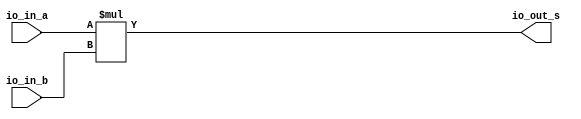
module multiplier(
  input  [23:0] io_in_a,
  input  [23:0] io_in_b,
  output [47:0] io_out_s
);
  assign io_out_s = io_in_a * io_in_b; // @[BinaryDesigns.scala 81:23]
endmodule
module full_subber(
  input  [7:0] io_in_b,
  output [7:0] io_out_s
);
  wire [8:0] _result_T = 8'h7f - io_in_b; // @[BinaryDesigns.scala 69:23]
  wire [9:0] _result_T_2 = _result_T - 9'h0; // @[BinaryDesigns.scala 69:34]
  wire [8:0] result = _result_T_2[8:0]; // @[BinaryDesigns.scala 68:22 69:12]
  assign io_out_s = result[7:0]; // @[BinaryDesigns.scala 70:23]
endmodule
module twoscomplement(
  input  [7:0] io_in,
  output [7:0] io_out
);
  wire [7:0] _x_T = ~io_in; // @[BinaryDesigns.scala 25:16]
  assign io_out = 8'h1 + _x_T; // @[BinaryDesigns.scala 25:14]
endmodule
module full_adder(
  input  [7:0] io_in_a,
  input  [7:0] io_in_b,
  output [7:0] io_out_s,
  output       io_out_c
);
  wire [8:0] _result_T = io_in_a + io_in_b; // @[BinaryDesigns.scala 55:23]
  wire [9:0] _result_T_1 = {{1'd0}, _result_T}; // @[BinaryDesigns.scala 55:34]
  wire [8:0] result = _result_T_1[8:0]; // @[BinaryDesigns.scala 54:22 55:12]
  assign io_out_s = result[7:0]; // @[BinaryDesigns.scala 56:23]
  assign io_out_c = result[8]; // @[BinaryDesigns.scala 57:23]
endmodule
module FP_multiplier_10ccs(
  input         clock,
  input         reset,
  input         io_in_en,
  input  [31:0] io_in_a,
  input  [31:0] io_in_b,
  output [31:0] io_out_s
);
`ifdef RANDOMIZE_REG_INIT
  reg [31:0] _RAND_0;
  reg [31:0] _RAND_1;
  reg [31:0] _RAND_2;
  reg [31:0] _RAND_3;
  reg [31:0] _RAND_4;
  reg [31:0] _RAND_5;
  reg [31:0] _RAND_6;
  reg [31:0] _RAND_7;
  reg [31:0] _RAND_8;
  reg [31:0] _RAND_9;
  reg [31:0] _RAND_10;
  reg [31:0] _RAND_11;
  reg [31:0] _RAND_12;
  reg [31:0] _RAND_13;
  reg [31:0] _RAND_14;
  reg [31:0] _RAND_15;
  reg [31:0] _RAND_16;
  reg [31:0] _RAND_17;
  reg [31:0] _RAND_18;
  reg [31:0] _RAND_19;
  reg [31:0] _RAND_20;
  reg [31:0] _RAND_21;
  reg [31:0] _RAND_22;
  reg [31:0] _RAND_23;
  reg [31:0] _RAND_24;
  reg [31:0] _RAND_25;
  reg [31:0] _RAND_26;
  reg [31:0] _RAND_27;
  reg [31:0] _RAND_28;
  reg [31:0] _RAND_29;
  reg [31:0] _RAND_30;
  reg [31:0] _RAND_31;
  reg [63:0] _RAND_32;
  reg [63:0] _RAND_33;
  reg [63:0] _RAND_34;
  reg [63:0] _RAND_35;
  reg [63:0] _RAND_36;
  reg [63:0] _RAND_37;
  reg [31:0] _RAND_38;
  reg [31:0] _RAND_39;
  reg [31:0] _RAND_40;
  reg [31:0] _RAND_41;
  reg [31:0] _RAND_42;
  reg [31:0] _RAND_43;
  reg [31:0] _RAND_44;
  reg [31:0] _RAND_45;
  reg [31:0] _RAND_46;
  reg [31:0] _RAND_47;
  reg [31:0] _RAND_48;
  reg [31:0] _RAND_49;
  reg [31:0] _RAND_50;
  reg [31:0] _RAND_51;
  reg [31:0] _RAND_52;
`endif // RANDOMIZE_REG_INIT
  wire [23:0] multiplier_io_in_a; // @[FloatingPointDesigns.scala 1725:28]
  wire [23:0] multiplier_io_in_b; // @[FloatingPointDesigns.scala 1725:28]
  wire [47:0] multiplier_io_out_s; // @[FloatingPointDesigns.scala 1725:28]
  wire [7:0] subber_io_in_b; // @[FloatingPointDesigns.scala 1732:24]
  wire [7:0] subber_io_out_s; // @[FloatingPointDesigns.scala 1732:24]
  wire [7:0] complementN_io_in; // @[FloatingPointDesigns.scala 1741:29]
  wire [7:0] complementN_io_out; // @[FloatingPointDesigns.scala 1741:29]
  wire [7:0] adderN_io_in_a; // @[FloatingPointDesigns.scala 1758:24]
  wire [7:0] adderN_io_in_b; // @[FloatingPointDesigns.scala 1758:24]
  wire [7:0] adderN_io_out_s; // @[FloatingPointDesigns.scala 1758:24]
  wire  adderN_io_out_c; // @[FloatingPointDesigns.scala 1758:24]
  wire  s_0 = io_in_a[31]; // @[FloatingPointDesigns.scala 1691:20]
  wire  s_1 = io_in_b[31]; // @[FloatingPointDesigns.scala 1692:20]
  wire [8:0] _T_2 = 9'h100 - 9'h2; // @[FloatingPointDesigns.scala 1696:64]
  wire [8:0] _GEN_63 = {{1'd0}, io_in_a[30:23]}; // @[FloatingPointDesigns.scala 1696:36]
  wire [7:0] _GEN_0 = io_in_a[30:23] < 8'h1 ? 8'h1 : io_in_a[30:23]; // @[FloatingPointDesigns.scala 1698:45 1699:14 1701:14]
  wire [8:0] _GEN_1 = _GEN_63 > _T_2 ? _T_2 : {{1'd0}, _GEN_0}; // @[FloatingPointDesigns.scala 1696:71 1697:14]
  wire [8:0] _GEN_64 = {{1'd0}, io_in_b[30:23]}; // @[FloatingPointDesigns.scala 1703:36]
  wire [7:0] _GEN_2 = io_in_b[30:23] < 8'h1 ? 8'h1 : io_in_b[30:23]; // @[FloatingPointDesigns.scala 1705:45 1706:14 1708:14]
  wire [8:0] _GEN_3 = _GEN_64 > _T_2 ? _T_2 : {{1'd0}, _GEN_2}; // @[FloatingPointDesigns.scala 1703:71 1704:14]
  wire [22:0] frac_0 = io_in_a[22:0]; // @[FloatingPointDesigns.scala 1713:23]
  wire [22:0] frac_1 = io_in_b[22:0]; // @[FloatingPointDesigns.scala 1714:23]
  wire [23:0] new_frac_0 = {1'h1,frac_0}; // @[FloatingPointDesigns.scala 1718:24]
  wire [23:0] new_frac_1 = {1'h1,frac_1}; // @[FloatingPointDesigns.scala 1719:24]
  reg  s_reg_0_0; // @[FloatingPointDesigns.scala 1721:24]
  reg  s_reg_0_1; // @[FloatingPointDesigns.scala 1721:24]
  reg  s_reg_1_0; // @[FloatingPointDesigns.scala 1721:24]
  reg  s_reg_1_1; // @[FloatingPointDesigns.scala 1721:24]
  reg  s_reg_2_0; // @[FloatingPointDesigns.scala 1721:24]
  reg  s_reg_2_1; // @[FloatingPointDesigns.scala 1721:24]
  reg  s_reg_3_0; // @[FloatingPointDesigns.scala 1721:24]
  reg  s_reg_3_1; // @[FloatingPointDesigns.scala 1721:24]
  reg  s_reg_4_0; // @[FloatingPointDesigns.scala 1721:24]
  reg  s_reg_4_1; // @[FloatingPointDesigns.scala 1721:24]
  reg [7:0] exp_reg_0_0; // @[FloatingPointDesigns.scala 1722:26]
  reg [7:0] exp_reg_0_1; // @[FloatingPointDesigns.scala 1722:26]
  reg [7:0] exp_reg_1_0; // @[FloatingPointDesigns.scala 1722:26]
  reg [7:0] exp_reg_1_1; // @[FloatingPointDesigns.scala 1722:26]
  reg [7:0] exp_reg_2_0; // @[FloatingPointDesigns.scala 1722:26]
  reg [7:0] exp_reg_2_1; // @[FloatingPointDesigns.scala 1722:26]
  reg [7:0] exp_reg_3_0; // @[FloatingPointDesigns.scala 1722:26]
  reg [7:0] exp_reg_3_1; // @[FloatingPointDesigns.scala 1722:26]
  reg [7:0] exp_reg_4_0; // @[FloatingPointDesigns.scala 1722:26]
  reg [7:0] exp_reg_4_1; // @[FloatingPointDesigns.scala 1722:26]
  reg [7:0] exp_reg_5_0; // @[FloatingPointDesigns.scala 1722:26]
  reg [7:0] exp_reg_5_1; // @[FloatingPointDesigns.scala 1722:26]
  reg [7:0] exp_reg_6_0; // @[FloatingPointDesigns.scala 1722:26]
  reg [7:0] exp_reg_6_1; // @[FloatingPointDesigns.scala 1722:26]
  reg [7:0] exp_reg_7_0; // @[FloatingPointDesigns.scala 1722:26]
  reg [7:0] exp_reg_7_1; // @[FloatingPointDesigns.scala 1722:26]
  reg [7:0] exp_reg_8_0; // @[FloatingPointDesigns.scala 1722:26]
  reg [7:0] exp_reg_8_1; // @[FloatingPointDesigns.scala 1722:26]
  reg [23:0] new_frac_reg_0_0; // @[FloatingPointDesigns.scala 1723:31]
  reg [23:0] new_frac_reg_0_1; // @[FloatingPointDesigns.scala 1723:31]
  reg [23:0] new_frac_reg_1_0; // @[FloatingPointDesigns.scala 1723:31]
  reg [23:0] new_frac_reg_1_1; // @[FloatingPointDesigns.scala 1723:31]
  reg [47:0] multipplier_out_s_reg_0; // @[FloatingPointDesigns.scala 1729:40]
  reg [47:0] multipplier_out_s_reg_1; // @[FloatingPointDesigns.scala 1729:40]
  reg [47:0] multipplier_out_s_reg_2; // @[FloatingPointDesigns.scala 1729:40]
  reg [47:0] multipplier_out_s_reg_3; // @[FloatingPointDesigns.scala 1729:40]
  reg [47:0] multipplier_out_s_reg_4; // @[FloatingPointDesigns.scala 1729:40]
  reg [47:0] multipplier_out_s_reg_5; // @[FloatingPointDesigns.scala 1729:40]
  reg [7:0] subber_out_s_reg_0; // @[FloatingPointDesigns.scala 1737:35]
  reg [7:0] complementN_out_reg_0; // @[FloatingPointDesigns.scala 1744:38]
  reg [7:0] complementN_out_reg_1; // @[FloatingPointDesigns.scala 1744:38]
  reg [7:0] complementN_out_reg_2; // @[FloatingPointDesigns.scala 1744:38]
  wire  new_s = s_reg_4_0 ^ s_reg_4_1; // @[FloatingPointDesigns.scala 1747:26]
  reg  new_s_reg_0; // @[FloatingPointDesigns.scala 1749:28]
  reg  new_s_reg_1; // @[FloatingPointDesigns.scala 1749:28]
  reg  new_s_reg_2; // @[FloatingPointDesigns.scala 1749:28]
  reg  new_s_reg_3; // @[FloatingPointDesigns.scala 1749:28]
  wire  is_exp1_neg_wire = exp_reg_5_1 < 8'h7f; // @[FloatingPointDesigns.scala 1752:40]
  reg  is_exp1_neg_reg_0; // @[FloatingPointDesigns.scala 1754:34]
  reg  is_exp1_neg_reg_1; // @[FloatingPointDesigns.scala 1754:34]
  wire [7:0] _adderN_io_in_a_T_1 = exp_reg_6_0 + 8'h1; // @[FloatingPointDesigns.scala 1762:39]
  reg [7:0] adderN_out_s_reg_0; // @[FloatingPointDesigns.scala 1769:35]
  reg  adderN_out_c_reg_0; // @[FloatingPointDesigns.scala 1770:35]
  reg [7:0] new_exp_reg_0; // @[FloatingPointDesigns.scala 1772:30]
  reg [22:0] new_mant_reg_0; // @[FloatingPointDesigns.scala 1773:31]
  reg [31:0] reg_out_s; // @[FloatingPointDesigns.scala 1775:28]
  wire  _new_exp_reg_0_T_1 = ~adderN_out_c_reg_0; // @[FloatingPointDesigns.scala 1779:55]
  wire [7:0] _new_exp_reg_0_T_2 = ~adderN_out_c_reg_0 ? 8'h1 : adderN_out_s_reg_0; // @[FloatingPointDesigns.scala 1779:54]
  wire  _new_exp_reg_0_T_5 = adderN_out_c_reg_0 | adderN_out_s_reg_0 > 8'hfe; // @[FloatingPointDesigns.scala 1779:142]
  wire [7:0] _new_exp_reg_0_T_6 = adderN_out_c_reg_0 | adderN_out_s_reg_0 > 8'hfe ? 8'hfe : adderN_out_s_reg_0; // @[FloatingPointDesigns.scala 1779:114]
  wire [7:0] _new_exp_reg_0_T_7 = is_exp1_neg_reg_1 ? _new_exp_reg_0_T_2 : _new_exp_reg_0_T_6; // @[FloatingPointDesigns.scala 1779:30]
  wire [22:0] _new_mant_reg_0_T_3 = _new_exp_reg_0_T_1 ? 23'h0 : multipplier_out_s_reg_5[46:24]; // @[FloatingPointDesigns.scala 1780:55]
  wire [22:0] _new_mant_reg_0_T_8 = _new_exp_reg_0_T_5 ? 23'h7fffff : multipplier_out_s_reg_5[46:24]; // @[FloatingPointDesigns.scala 1780:160]
  wire [22:0] _new_mant_reg_0_T_13 = _new_exp_reg_0_T_1 ? 23'h0 : multipplier_out_s_reg_5[45:23]; // @[FloatingPointDesigns.scala 1783:55]
  wire [22:0] _new_mant_reg_0_T_18 = _new_exp_reg_0_T_5 ? 23'h7fffff : multipplier_out_s_reg_5[45:23]; // @[FloatingPointDesigns.scala 1783:156]
  wire [31:0] _reg_out_s_T_1 = {new_s_reg_3,new_exp_reg_0,new_mant_reg_0}; // @[FloatingPointDesigns.scala 1821:53]
  wire [7:0] exp_0 = _GEN_1[7:0]; // @[FloatingPointDesigns.scala 1695:19]
  wire [7:0] exp_1 = _GEN_3[7:0]; // @[FloatingPointDesigns.scala 1695:19]
  multiplier multiplier ( // @[FloatingPointDesigns.scala 1725:28]
    .io_in_a(multiplier_io_in_a),
    .io_in_b(multiplier_io_in_b),
    .io_out_s(multiplier_io_out_s)
  );
  full_subber subber ( // @[FloatingPointDesigns.scala 1732:24]
    .io_in_b(subber_io_in_b),
    .io_out_s(subber_io_out_s)
  );
  twoscomplement complementN ( // @[FloatingPointDesigns.scala 1741:29]
    .io_in(complementN_io_in),
    .io_out(complementN_io_out)
  );
  full_adder adderN ( // @[FloatingPointDesigns.scala 1758:24]
    .io_in_a(adderN_io_in_a),
    .io_in_b(adderN_io_in_b),
    .io_out_s(adderN_io_out_s),
    .io_out_c(adderN_io_out_c)
  );
  assign io_out_s = reg_out_s; // @[FloatingPointDesigns.scala 1824:14]
  assign multiplier_io_in_a = new_frac_reg_1_0; // @[FloatingPointDesigns.scala 1726:24]
  assign multiplier_io_in_b = new_frac_reg_1_1; // @[FloatingPointDesigns.scala 1727:24]
  assign subber_io_in_b = exp_reg_2_1; // @[FloatingPointDesigns.scala 1734:20]
  assign complementN_io_in = subber_out_s_reg_0; // @[FloatingPointDesigns.scala 1742:23]
  assign adderN_io_in_a = multipplier_out_s_reg_4[47] ? _adderN_io_in_a_T_1 : exp_reg_6_0; // @[FloatingPointDesigns.scala 1761:70 1762:22 1765:22]
  assign adderN_io_in_b = complementN_out_reg_2; // @[FloatingPointDesigns.scala 1761:70 1763:22 1766:22]
  always @(posedge clock) begin
    if (reset) begin // @[FloatingPointDesigns.scala 1721:24]
      s_reg_0_0 <= 1'h0; // @[FloatingPointDesigns.scala 1721:24]
    end else if (io_in_en) begin // @[FloatingPointDesigns.scala 1777:19]
      s_reg_0_0 <= s_0; // @[FloatingPointDesigns.scala 1786:16]
    end
    if (reset) begin // @[FloatingPointDesigns.scala 1721:24]
      s_reg_0_1 <= 1'h0; // @[FloatingPointDesigns.scala 1721:24]
    end else if (io_in_en) begin // @[FloatingPointDesigns.scala 1777:19]
      s_reg_0_1 <= s_1; // @[FloatingPointDesigns.scala 1786:16]
    end
    if (reset) begin // @[FloatingPointDesigns.scala 1721:24]
      s_reg_1_0 <= 1'h0; // @[FloatingPointDesigns.scala 1721:24]
    end else if (io_in_en) begin // @[FloatingPointDesigns.scala 1777:19]
      s_reg_1_0 <= s_reg_0_0; // @[FloatingPointDesigns.scala 1803:22]
    end
    if (reset) begin // @[FloatingPointDesigns.scala 1721:24]
      s_reg_1_1 <= 1'h0; // @[FloatingPointDesigns.scala 1721:24]
    end else if (io_in_en) begin // @[FloatingPointDesigns.scala 1777:19]
      s_reg_1_1 <= s_reg_0_1; // @[FloatingPointDesigns.scala 1803:22]
    end
    if (reset) begin // @[FloatingPointDesigns.scala 1721:24]
      s_reg_2_0 <= 1'h0; // @[FloatingPointDesigns.scala 1721:24]
    end else if (io_in_en) begin // @[FloatingPointDesigns.scala 1777:19]
      s_reg_2_0 <= s_reg_1_0; // @[FloatingPointDesigns.scala 1803:22]
    end
    if (reset) begin // @[FloatingPointDesigns.scala 1721:24]
      s_reg_2_1 <= 1'h0; // @[FloatingPointDesigns.scala 1721:24]
    end else if (io_in_en) begin // @[FloatingPointDesigns.scala 1777:19]
      s_reg_2_1 <= s_reg_1_1; // @[FloatingPointDesigns.scala 1803:22]
    end
    if (reset) begin // @[FloatingPointDesigns.scala 1721:24]
      s_reg_3_0 <= 1'h0; // @[FloatingPointDesigns.scala 1721:24]
    end else if (io_in_en) begin // @[FloatingPointDesigns.scala 1777:19]
      s_reg_3_0 <= s_reg_2_0; // @[FloatingPointDesigns.scala 1803:22]
    end
    if (reset) begin // @[FloatingPointDesigns.scala 1721:24]
      s_reg_3_1 <= 1'h0; // @[FloatingPointDesigns.scala 1721:24]
    end else if (io_in_en) begin // @[FloatingPointDesigns.scala 1777:19]
      s_reg_3_1 <= s_reg_2_1; // @[FloatingPointDesigns.scala 1803:22]
    end
    if (reset) begin // @[FloatingPointDesigns.scala 1721:24]
      s_reg_4_0 <= 1'h0; // @[FloatingPointDesigns.scala 1721:24]
    end else if (io_in_en) begin // @[FloatingPointDesigns.scala 1777:19]
      s_reg_4_0 <= s_reg_3_0; // @[FloatingPointDesigns.scala 1803:22]
    end
    if (reset) begin // @[FloatingPointDesigns.scala 1721:24]
      s_reg_4_1 <= 1'h0; // @[FloatingPointDesigns.scala 1721:24]
    end else if (io_in_en) begin // @[FloatingPointDesigns.scala 1777:19]
      s_reg_4_1 <= s_reg_3_1; // @[FloatingPointDesigns.scala 1803:22]
    end
    if (reset) begin // @[FloatingPointDesigns.scala 1722:26]
      exp_reg_0_0 <= 8'h0; // @[FloatingPointDesigns.scala 1722:26]
    end else if (io_in_en) begin // @[FloatingPointDesigns.scala 1777:19]
      exp_reg_0_0 <= exp_0; // @[FloatingPointDesigns.scala 1787:18]
    end
    if (reset) begin // @[FloatingPointDesigns.scala 1722:26]
      exp_reg_0_1 <= 8'h0; // @[FloatingPointDesigns.scala 1722:26]
    end else if (io_in_en) begin // @[FloatingPointDesigns.scala 1777:19]
      exp_reg_0_1 <= exp_1; // @[FloatingPointDesigns.scala 1787:18]
    end
    if (reset) begin // @[FloatingPointDesigns.scala 1722:26]
      exp_reg_1_0 <= 8'h0; // @[FloatingPointDesigns.scala 1722:26]
    end else if (io_in_en) begin // @[FloatingPointDesigns.scala 1777:19]
      exp_reg_1_0 <= exp_reg_0_0; // @[FloatingPointDesigns.scala 1799:20]
    end
    if (reset) begin // @[FloatingPointDesigns.scala 1722:26]
      exp_reg_1_1 <= 8'h0; // @[FloatingPointDesigns.scala 1722:26]
    end else if (io_in_en) begin // @[FloatingPointDesigns.scala 1777:19]
      exp_reg_1_1 <= exp_reg_0_1; // @[FloatingPointDesigns.scala 1799:20]
    end
    if (reset) begin // @[FloatingPointDesigns.scala 1722:26]
      exp_reg_2_0 <= 8'h0; // @[FloatingPointDesigns.scala 1722:26]
    end else if (io_in_en) begin // @[FloatingPointDesigns.scala 1777:19]
      exp_reg_2_0 <= exp_reg_1_0; // @[FloatingPointDesigns.scala 1799:20]
    end
    if (reset) begin // @[FloatingPointDesigns.scala 1722:26]
      exp_reg_2_1 <= 8'h0; // @[FloatingPointDesigns.scala 1722:26]
    end else if (io_in_en) begin // @[FloatingPointDesigns.scala 1777:19]
      exp_reg_2_1 <= exp_reg_1_1; // @[FloatingPointDesigns.scala 1799:20]
    end
    if (reset) begin // @[FloatingPointDesigns.scala 1722:26]
      exp_reg_3_0 <= 8'h0; // @[FloatingPointDesigns.scala 1722:26]
    end else if (io_in_en) begin // @[FloatingPointDesigns.scala 1777:19]
      exp_reg_3_0 <= exp_reg_2_0; // @[FloatingPointDesigns.scala 1799:20]
    end
    if (reset) begin // @[FloatingPointDesigns.scala 1722:26]
      exp_reg_3_1 <= 8'h0; // @[FloatingPointDesigns.scala 1722:26]
    end else if (io_in_en) begin // @[FloatingPointDesigns.scala 1777:19]
      exp_reg_3_1 <= exp_reg_2_1; // @[FloatingPointDesigns.scala 1799:20]
    end
    if (reset) begin // @[FloatingPointDesigns.scala 1722:26]
      exp_reg_4_0 <= 8'h0; // @[FloatingPointDesigns.scala 1722:26]
    end else if (io_in_en) begin // @[FloatingPointDesigns.scala 1777:19]
      exp_reg_4_0 <= exp_reg_3_0; // @[FloatingPointDesigns.scala 1799:20]
    end
    if (reset) begin // @[FloatingPointDesigns.scala 1722:26]
      exp_reg_4_1 <= 8'h0; // @[FloatingPointDesigns.scala 1722:26]
    end else if (io_in_en) begin // @[FloatingPointDesigns.scala 1777:19]
      exp_reg_4_1 <= exp_reg_3_1; // @[FloatingPointDesigns.scala 1799:20]
    end
    if (reset) begin // @[FloatingPointDesigns.scala 1722:26]
      exp_reg_5_0 <= 8'h0; // @[FloatingPointDesigns.scala 1722:26]
    end else if (io_in_en) begin // @[FloatingPointDesigns.scala 1777:19]
      exp_reg_5_0 <= exp_reg_4_0; // @[FloatingPointDesigns.scala 1799:20]
    end
    if (reset) begin // @[FloatingPointDesigns.scala 1722:26]
      exp_reg_5_1 <= 8'h0; // @[FloatingPointDesigns.scala 1722:26]
    end else if (io_in_en) begin // @[FloatingPointDesigns.scala 1777:19]
      exp_reg_5_1 <= exp_reg_4_1; // @[FloatingPointDesigns.scala 1799:20]
    end
    if (reset) begin // @[FloatingPointDesigns.scala 1722:26]
      exp_reg_6_0 <= 8'h0; // @[FloatingPointDesigns.scala 1722:26]
    end else if (io_in_en) begin // @[FloatingPointDesigns.scala 1777:19]
      exp_reg_6_0 <= exp_reg_5_0; // @[FloatingPointDesigns.scala 1799:20]
    end
    if (reset) begin // @[FloatingPointDesigns.scala 1722:26]
      exp_reg_6_1 <= 8'h0; // @[FloatingPointDesigns.scala 1722:26]
    end else if (io_in_en) begin // @[FloatingPointDesigns.scala 1777:19]
      exp_reg_6_1 <= exp_reg_5_1; // @[FloatingPointDesigns.scala 1799:20]
    end
    if (reset) begin // @[FloatingPointDesigns.scala 1722:26]
      exp_reg_7_0 <= 8'h0; // @[FloatingPointDesigns.scala 1722:26]
    end else if (io_in_en) begin // @[FloatingPointDesigns.scala 1777:19]
      exp_reg_7_0 <= exp_reg_6_0; // @[FloatingPointDesigns.scala 1799:20]
    end
    if (reset) begin // @[FloatingPointDesigns.scala 1722:26]
      exp_reg_7_1 <= 8'h0; // @[FloatingPointDesigns.scala 1722:26]
    end else if (io_in_en) begin // @[FloatingPointDesigns.scala 1777:19]
      exp_reg_7_1 <= exp_reg_6_1; // @[FloatingPointDesigns.scala 1799:20]
    end
    if (reset) begin // @[FloatingPointDesigns.scala 1722:26]
      exp_reg_8_0 <= 8'h0; // @[FloatingPointDesigns.scala 1722:26]
    end else if (io_in_en) begin // @[FloatingPointDesigns.scala 1777:19]
      exp_reg_8_0 <= exp_reg_7_0; // @[FloatingPointDesigns.scala 1799:20]
    end
    if (reset) begin // @[FloatingPointDesigns.scala 1722:26]
      exp_reg_8_1 <= 8'h0; // @[FloatingPointDesigns.scala 1722:26]
    end else if (io_in_en) begin // @[FloatingPointDesigns.scala 1777:19]
      exp_reg_8_1 <= exp_reg_7_1; // @[FloatingPointDesigns.scala 1799:20]
    end
    if (reset) begin // @[FloatingPointDesigns.scala 1723:31]
      new_frac_reg_0_0 <= 24'h0; // @[FloatingPointDesigns.scala 1723:31]
    end else if (io_in_en) begin // @[FloatingPointDesigns.scala 1777:19]
      new_frac_reg_0_0 <= new_frac_0; // @[FloatingPointDesigns.scala 1788:23]
    end
    if (reset) begin // @[FloatingPointDesigns.scala 1723:31]
      new_frac_reg_0_1 <= 24'h0; // @[FloatingPointDesigns.scala 1723:31]
    end else if (io_in_en) begin // @[FloatingPointDesigns.scala 1777:19]
      new_frac_reg_0_1 <= new_frac_1; // @[FloatingPointDesigns.scala 1788:23]
    end
    if (reset) begin // @[FloatingPointDesigns.scala 1723:31]
      new_frac_reg_1_0 <= 24'h0; // @[FloatingPointDesigns.scala 1723:31]
    end else if (io_in_en) begin // @[FloatingPointDesigns.scala 1777:19]
      new_frac_reg_1_0 <= new_frac_reg_0_0; // @[FloatingPointDesigns.scala 1809:35]
    end
    if (reset) begin // @[FloatingPointDesigns.scala 1723:31]
      new_frac_reg_1_1 <= 24'h0; // @[FloatingPointDesigns.scala 1723:31]
    end else if (io_in_en) begin // @[FloatingPointDesigns.scala 1777:19]
      new_frac_reg_1_1 <= new_frac_reg_0_1; // @[FloatingPointDesigns.scala 1809:35]
    end
    if (reset) begin // @[FloatingPointDesigns.scala 1729:40]
      multipplier_out_s_reg_0 <= 48'h0; // @[FloatingPointDesigns.scala 1729:40]
    end else if (io_in_en) begin // @[FloatingPointDesigns.scala 1777:19]
      multipplier_out_s_reg_0 <= multiplier_io_out_s; // @[FloatingPointDesigns.scala 1789:32]
    end
    if (reset) begin // @[FloatingPointDesigns.scala 1729:40]
      multipplier_out_s_reg_1 <= 48'h0; // @[FloatingPointDesigns.scala 1729:40]
    end else if (io_in_en) begin // @[FloatingPointDesigns.scala 1777:19]
      multipplier_out_s_reg_1 <= multipplier_out_s_reg_0; // @[FloatingPointDesigns.scala 1801:36]
    end
    if (reset) begin // @[FloatingPointDesigns.scala 1729:40]
      multipplier_out_s_reg_2 <= 48'h0; // @[FloatingPointDesigns.scala 1729:40]
    end else if (io_in_en) begin // @[FloatingPointDesigns.scala 1777:19]
      multipplier_out_s_reg_2 <= multipplier_out_s_reg_1; // @[FloatingPointDesigns.scala 1801:36]
    end
    if (reset) begin // @[FloatingPointDesigns.scala 1729:40]
      multipplier_out_s_reg_3 <= 48'h0; // @[FloatingPointDesigns.scala 1729:40]
    end else if (io_in_en) begin // @[FloatingPointDesigns.scala 1777:19]
      multipplier_out_s_reg_3 <= multipplier_out_s_reg_2; // @[FloatingPointDesigns.scala 1801:36]
    end
    if (reset) begin // @[FloatingPointDesigns.scala 1729:40]
      multipplier_out_s_reg_4 <= 48'h0; // @[FloatingPointDesigns.scala 1729:40]
    end else if (io_in_en) begin // @[FloatingPointDesigns.scala 1777:19]
      multipplier_out_s_reg_4 <= multipplier_out_s_reg_3; // @[FloatingPointDesigns.scala 1801:36]
    end
    if (reset) begin // @[FloatingPointDesigns.scala 1729:40]
      multipplier_out_s_reg_5 <= 48'h0; // @[FloatingPointDesigns.scala 1729:40]
    end else if (io_in_en) begin // @[FloatingPointDesigns.scala 1777:19]
      multipplier_out_s_reg_5 <= multipplier_out_s_reg_4; // @[FloatingPointDesigns.scala 1801:36]
    end
    if (reset) begin // @[FloatingPointDesigns.scala 1737:35]
      subber_out_s_reg_0 <= 8'h0; // @[FloatingPointDesigns.scala 1737:35]
    end else if (io_in_en) begin // @[FloatingPointDesigns.scala 1777:19]
      subber_out_s_reg_0 <= subber_io_out_s; // @[FloatingPointDesigns.scala 1790:27]
    end
    if (reset) begin // @[FloatingPointDesigns.scala 1744:38]
      complementN_out_reg_0 <= 8'h0; // @[FloatingPointDesigns.scala 1744:38]
    end else if (io_in_en) begin // @[FloatingPointDesigns.scala 1777:19]
      complementN_out_reg_0 <= complementN_io_out; // @[FloatingPointDesigns.scala 1792:30]
    end
    if (reset) begin // @[FloatingPointDesigns.scala 1744:38]
      complementN_out_reg_1 <= 8'h0; // @[FloatingPointDesigns.scala 1744:38]
    end else if (io_in_en) begin // @[FloatingPointDesigns.scala 1777:19]
      complementN_out_reg_1 <= complementN_out_reg_0; // @[FloatingPointDesigns.scala 1807:40]
    end
    if (reset) begin // @[FloatingPointDesigns.scala 1744:38]
      complementN_out_reg_2 <= 8'h0; // @[FloatingPointDesigns.scala 1744:38]
    end else if (io_in_en) begin // @[FloatingPointDesigns.scala 1777:19]
      complementN_out_reg_2 <= complementN_out_reg_1; // @[FloatingPointDesigns.scala 1807:40]
    end
    if (reset) begin // @[FloatingPointDesigns.scala 1749:28]
      new_s_reg_0 <= 1'h0; // @[FloatingPointDesigns.scala 1749:28]
    end else if (io_in_en) begin // @[FloatingPointDesigns.scala 1777:19]
      new_s_reg_0 <= new_s; // @[FloatingPointDesigns.scala 1793:20]
    end
    if (reset) begin // @[FloatingPointDesigns.scala 1749:28]
      new_s_reg_1 <= 1'h0; // @[FloatingPointDesigns.scala 1749:28]
    end else if (io_in_en) begin // @[FloatingPointDesigns.scala 1777:19]
      new_s_reg_1 <= new_s_reg_0; // @[FloatingPointDesigns.scala 1805:28]
    end
    if (reset) begin // @[FloatingPointDesigns.scala 1749:28]
      new_s_reg_2 <= 1'h0; // @[FloatingPointDesigns.scala 1749:28]
    end else if (io_in_en) begin // @[FloatingPointDesigns.scala 1777:19]
      new_s_reg_2 <= new_s_reg_1; // @[FloatingPointDesigns.scala 1805:28]
    end
    if (reset) begin // @[FloatingPointDesigns.scala 1749:28]
      new_s_reg_3 <= 1'h0; // @[FloatingPointDesigns.scala 1749:28]
    end else if (io_in_en) begin // @[FloatingPointDesigns.scala 1777:19]
      new_s_reg_3 <= new_s_reg_2; // @[FloatingPointDesigns.scala 1805:28]
    end
    if (reset) begin // @[FloatingPointDesigns.scala 1754:34]
      is_exp1_neg_reg_0 <= 1'h0; // @[FloatingPointDesigns.scala 1754:34]
    end else if (io_in_en) begin // @[FloatingPointDesigns.scala 1777:19]
      is_exp1_neg_reg_0 <= is_exp1_neg_wire; // @[FloatingPointDesigns.scala 1794:26]
    end
    if (reset) begin // @[FloatingPointDesigns.scala 1754:34]
      is_exp1_neg_reg_1 <= 1'h0; // @[FloatingPointDesigns.scala 1754:34]
    end else if (io_in_en) begin // @[FloatingPointDesigns.scala 1777:19]
      is_exp1_neg_reg_1 <= is_exp1_neg_reg_0; // @[FloatingPointDesigns.scala 1810:38]
    end
    if (reset) begin // @[FloatingPointDesigns.scala 1769:35]
      adderN_out_s_reg_0 <= 8'h0; // @[FloatingPointDesigns.scala 1769:35]
    end else if (io_in_en) begin // @[FloatingPointDesigns.scala 1777:19]
      adderN_out_s_reg_0 <= adderN_io_out_s; // @[FloatingPointDesigns.scala 1795:27]
    end
    if (reset) begin // @[FloatingPointDesigns.scala 1770:35]
      adderN_out_c_reg_0 <= 1'h0; // @[FloatingPointDesigns.scala 1770:35]
    end else if (io_in_en) begin // @[FloatingPointDesigns.scala 1777:19]
      adderN_out_c_reg_0 <= adderN_io_out_c; // @[FloatingPointDesigns.scala 1796:27]
    end
    if (reset) begin // @[FloatingPointDesigns.scala 1772:30]
      new_exp_reg_0 <= 8'h0; // @[FloatingPointDesigns.scala 1772:30]
    end else if (io_in_en) begin // @[FloatingPointDesigns.scala 1777:19]
      if (multipplier_out_s_reg_5[47]) begin // @[FloatingPointDesigns.scala 1778:72]
        new_exp_reg_0 <= _new_exp_reg_0_T_7; // @[FloatingPointDesigns.scala 1779:24]
      end else begin
        new_exp_reg_0 <= _new_exp_reg_0_T_7; // @[FloatingPointDesigns.scala 1782:24]
      end
    end
    if (reset) begin // @[FloatingPointDesigns.scala 1773:31]
      new_mant_reg_0 <= 23'h0; // @[FloatingPointDesigns.scala 1773:31]
    end else if (io_in_en) begin // @[FloatingPointDesigns.scala 1777:19]
      if (multipplier_out_s_reg_5[47]) begin // @[FloatingPointDesigns.scala 1778:72]
        if (is_exp1_neg_reg_1) begin // @[FloatingPointDesigns.scala 1780:31]
          new_mant_reg_0 <= _new_mant_reg_0_T_3;
        end else begin
          new_mant_reg_0 <= _new_mant_reg_0_T_8;
        end
      end else if (is_exp1_neg_reg_1) begin // @[FloatingPointDesigns.scala 1783:31]
        new_mant_reg_0 <= _new_mant_reg_0_T_13;
      end else begin
        new_mant_reg_0 <= _new_mant_reg_0_T_18;
      end
    end
    if (reset) begin // @[FloatingPointDesigns.scala 1775:28]
      reg_out_s <= 32'h0; // @[FloatingPointDesigns.scala 1775:28]
    end else if (io_in_en) begin // @[FloatingPointDesigns.scala 1777:19]
      if (exp_reg_8_0 == 8'h0 | exp_reg_8_1 == 8'h0) begin // @[FloatingPointDesigns.scala 1818:60]
        reg_out_s <= 32'h0; // @[FloatingPointDesigns.scala 1819:19]
      end else begin
        reg_out_s <= _reg_out_s_T_1; // @[FloatingPointDesigns.scala 1821:19]
      end
    end
  end
// Register and memory initialization
`ifdef RANDOMIZE_GARBAGE_ASSIGN
`define RANDOMIZE
`endif
`ifdef RANDOMIZE_INVALID_ASSIGN
`define RANDOMIZE
`endif
`ifdef RANDOMIZE_REG_INIT
`define RANDOMIZE
`endif
`ifdef RANDOMIZE_MEM_INIT
`define RANDOMIZE
`endif
`ifndef RANDOM
`define RANDOM $random
`endif
`ifdef RANDOMIZE_MEM_INIT
  integer initvar;
`endif
`ifndef SYNTHESIS
`ifdef FIRRTL_BEFORE_INITIAL
`FIRRTL_BEFORE_INITIAL
`endif
initial begin
  `ifdef RANDOMIZE
    `ifdef INIT_RANDOM
      `INIT_RANDOM
    `endif
    `ifndef VERILATOR
      `ifdef RANDOMIZE_DELAY
        #`RANDOMIZE_DELAY begin end
      `else
        #0.002 begin end
      `endif
    `endif
`ifdef RANDOMIZE_REG_INIT
  _RAND_0 = {1{`RANDOM}};
  s_reg_0_0 = _RAND_0[0:0];
  _RAND_1 = {1{`RANDOM}};
  s_reg_0_1 = _RAND_1[0:0];
  _RAND_2 = {1{`RANDOM}};
  s_reg_1_0 = _RAND_2[0:0];
  _RAND_3 = {1{`RANDOM}};
  s_reg_1_1 = _RAND_3[0:0];
  _RAND_4 = {1{`RANDOM}};
  s_reg_2_0 = _RAND_4[0:0];
  _RAND_5 = {1{`RANDOM}};
  s_reg_2_1 = _RAND_5[0:0];
  _RAND_6 = {1{`RANDOM}};
  s_reg_3_0 = _RAND_6[0:0];
  _RAND_7 = {1{`RANDOM}};
  s_reg_3_1 = _RAND_7[0:0];
  _RAND_8 = {1{`RANDOM}};
  s_reg_4_0 = _RAND_8[0:0];
  _RAND_9 = {1{`RANDOM}};
  s_reg_4_1 = _RAND_9[0:0];
  _RAND_10 = {1{`RANDOM}};
  exp_reg_0_0 = _RAND_10[7:0];
  _RAND_11 = {1{`RANDOM}};
  exp_reg_0_1 = _RAND_11[7:0];
  _RAND_12 = {1{`RANDOM}};
  exp_reg_1_0 = _RAND_12[7:0];
  _RAND_13 = {1{`RANDOM}};
  exp_reg_1_1 = _RAND_13[7:0];
  _RAND_14 = {1{`RANDOM}};
  exp_reg_2_0 = _RAND_14[7:0];
  _RAND_15 = {1{`RANDOM}};
  exp_reg_2_1 = _RAND_15[7:0];
  _RAND_16 = {1{`RANDOM}};
  exp_reg_3_0 = _RAND_16[7:0];
  _RAND_17 = {1{`RANDOM}};
  exp_reg_3_1 = _RAND_17[7:0];
  _RAND_18 = {1{`RANDOM}};
  exp_reg_4_0 = _RAND_18[7:0];
  _RAND_19 = {1{`RANDOM}};
  exp_reg_4_1 = _RAND_19[7:0];
  _RAND_20 = {1{`RANDOM}};
  exp_reg_5_0 = _RAND_20[7:0];
  _RAND_21 = {1{`RANDOM}};
  exp_reg_5_1 = _RAND_21[7:0];
  _RAND_22 = {1{`RANDOM}};
  exp_reg_6_0 = _RAND_22[7:0];
  _RAND_23 = {1{`RANDOM}};
  exp_reg_6_1 = _RAND_23[7:0];
  _RAND_24 = {1{`RANDOM}};
  exp_reg_7_0 = _RAND_24[7:0];
  _RAND_25 = {1{`RANDOM}};
  exp_reg_7_1 = _RAND_25[7:0];
  _RAND_26 = {1{`RANDOM}};
  exp_reg_8_0 = _RAND_26[7:0];
  _RAND_27 = {1{`RANDOM}};
  exp_reg_8_1 = _RAND_27[7:0];
  _RAND_28 = {1{`RANDOM}};
  new_frac_reg_0_0 = _RAND_28[23:0];
  _RAND_29 = {1{`RANDOM}};
  new_frac_reg_0_1 = _RAND_29[23:0];
  _RAND_30 = {1{`RANDOM}};
  new_frac_reg_1_0 = _RAND_30[23:0];
  _RAND_31 = {1{`RANDOM}};
  new_frac_reg_1_1 = _RAND_31[23:0];
  _RAND_32 = {2{`RANDOM}};
  multipplier_out_s_reg_0 = _RAND_32[47:0];
  _RAND_33 = {2{`RANDOM}};
  multipplier_out_s_reg_1 = _RAND_33[47:0];
  _RAND_34 = {2{`RANDOM}};
  multipplier_out_s_reg_2 = _RAND_34[47:0];
  _RAND_35 = {2{`RANDOM}};
  multipplier_out_s_reg_3 = _RAND_35[47:0];
  _RAND_36 = {2{`RANDOM}};
  multipplier_out_s_reg_4 = _RAND_36[47:0];
  _RAND_37 = {2{`RANDOM}};
  multipplier_out_s_reg_5 = _RAND_37[47:0];
  _RAND_38 = {1{`RANDOM}};
  subber_out_s_reg_0 = _RAND_38[7:0];
  _RAND_39 = {1{`RANDOM}};
  complementN_out_reg_0 = _RAND_39[7:0];
  _RAND_40 = {1{`RANDOM}};
  complementN_out_reg_1 = _RAND_40[7:0];
  _RAND_41 = {1{`RANDOM}};
  complementN_out_reg_2 = _RAND_41[7:0];
  _RAND_42 = {1{`RANDOM}};
  new_s_reg_0 = _RAND_42[0:0];
  _RAND_43 = {1{`RANDOM}};
  new_s_reg_1 = _RAND_43[0:0];
  _RAND_44 = {1{`RANDOM}};
  new_s_reg_2 = _RAND_44[0:0];
  _RAND_45 = {1{`RANDOM}};
  new_s_reg_3 = _RAND_45[0:0];
  _RAND_46 = {1{`RANDOM}};
  is_exp1_neg_reg_0 = _RAND_46[0:0];
  _RAND_47 = {1{`RANDOM}};
  is_exp1_neg_reg_1 = _RAND_47[0:0];
  _RAND_48 = {1{`RANDOM}};
  adderN_out_s_reg_0 = _RAND_48[7:0];
  _RAND_49 = {1{`RANDOM}};
  adderN_out_c_reg_0 = _RAND_49[0:0];
  _RAND_50 = {1{`RANDOM}};
  new_exp_reg_0 = _RAND_50[7:0];
  _RAND_51 = {1{`RANDOM}};
  new_mant_reg_0 = _RAND_51[22:0];
  _RAND_52 = {1{`RANDOM}};
  reg_out_s = _RAND_52[31:0];
`endif // RANDOMIZE_REG_INIT
  `endif // RANDOMIZE
end // initial
`ifdef FIRRTL_AFTER_INITIAL
`FIRRTL_AFTER_INITIAL
`endif
`endif // SYNTHESIS
endmodule